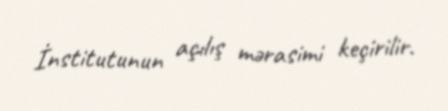
İnstitutunun açılış mərasimi keçirilir.